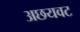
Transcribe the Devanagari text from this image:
अछयवट